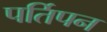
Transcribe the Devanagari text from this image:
पर्तिपन